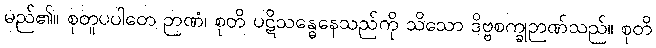
မည်၏။ စုတူပပါတေ ဉာဏံ၊ စုတိ ပဋိသန္ဓေနေသည်ကို သိသော ဒိဗ္ဗစက္ခုဉာဏ်သည်။ စုတိ